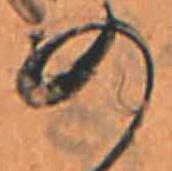
の